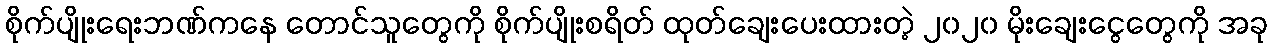
စိုက်ပျိုးရေးဘဏ်ကနေ တောင်သူတွေကို စိုက်ပျိုးစရိတ် ထုတ်ချေးပေးထားတဲ့ ၂၀၂၀ မိုးချေးငွေတွေကို အခု